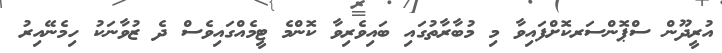
އުރީދޫން ސްޕޮންސަރކޮށްފައިވާ މި މުބާރާތުގައި ބައިވެރިވާ ކޮންމެ ޓީމެއްގައިވެސް ދެ ޒުވާނަކު ހިމެނޭއިރު